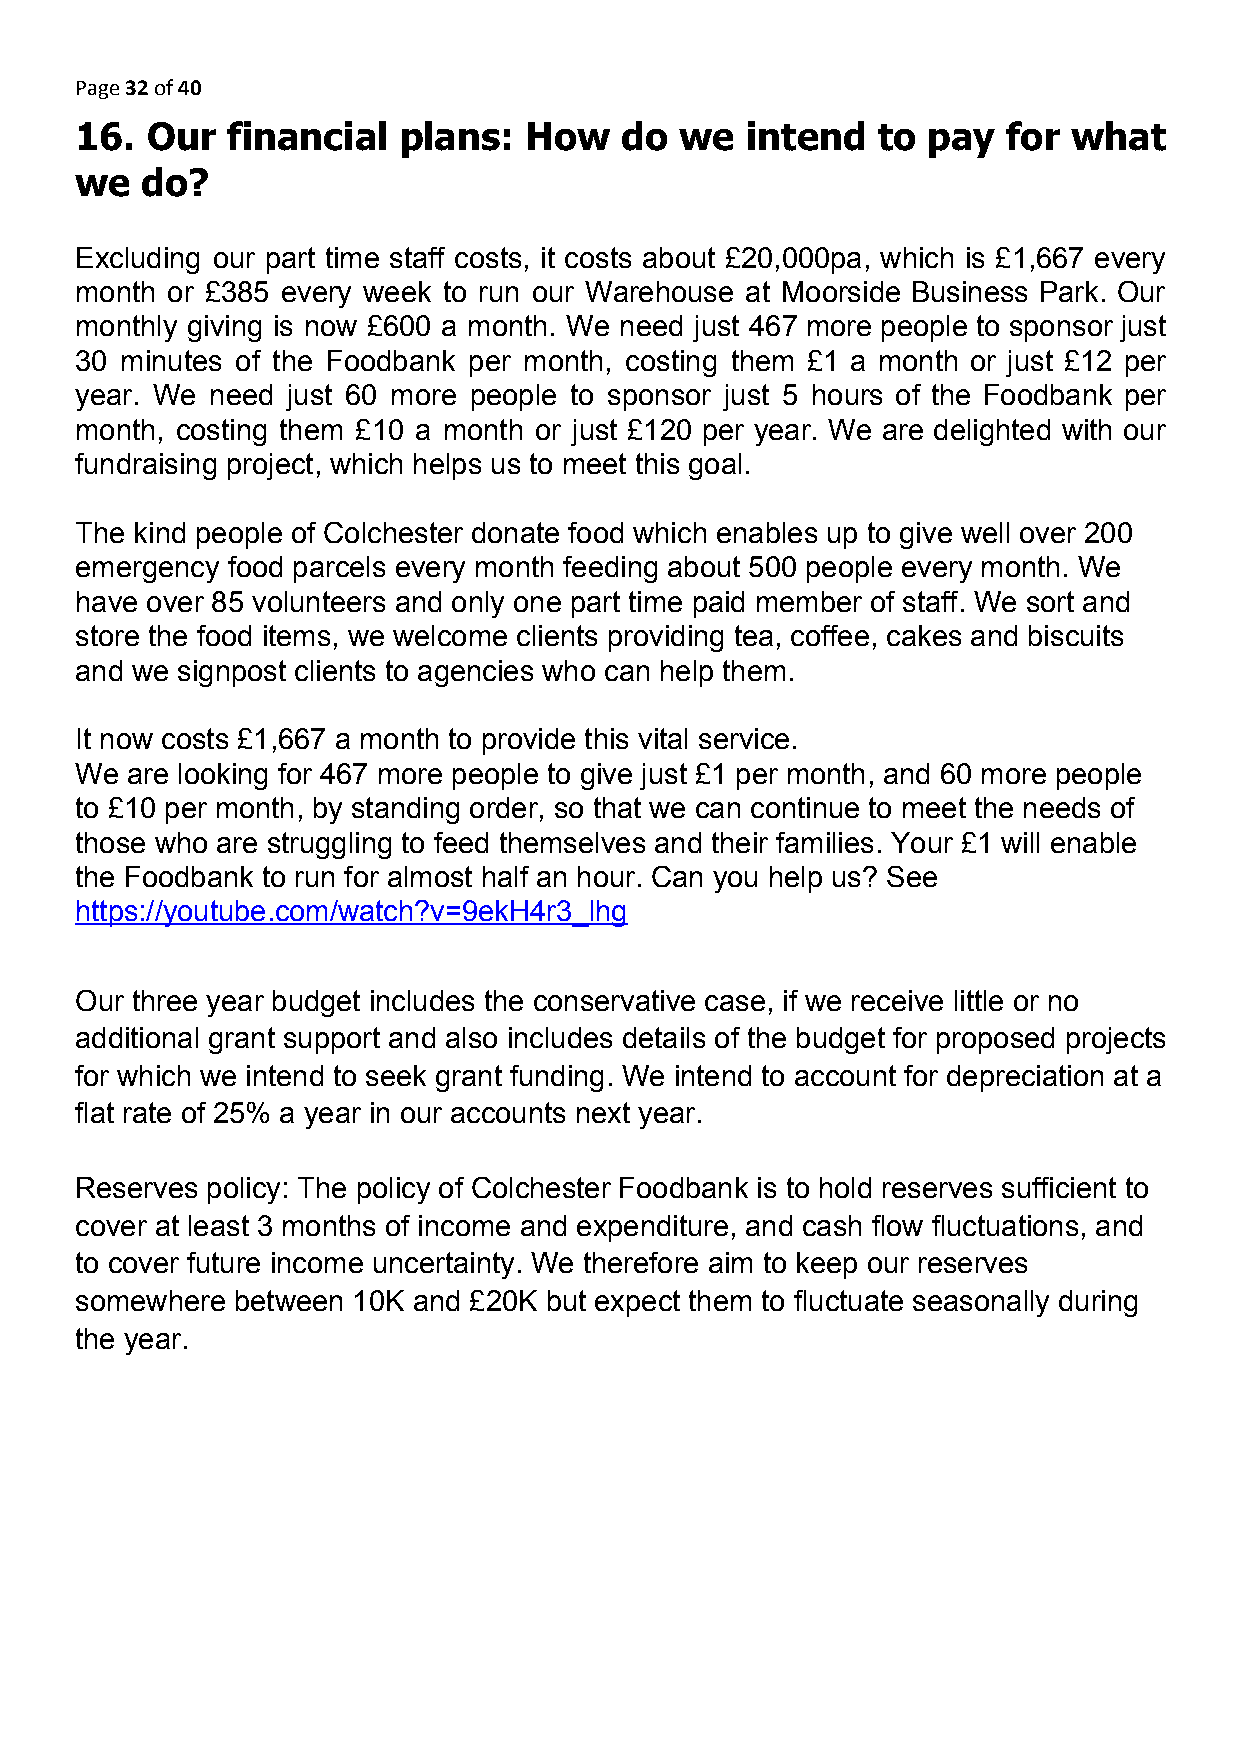
Page 32 of 40
 ​​
 16.  Our  financial  plans:   How   do  we  intend   to pay   for what
 we  do?
 Excluding our part time staff costs, it costs about £20,000pa, which is £1,667 every
 month or £385 every week to run our Warehouse at Moorside Business Park. Our
 monthly giving is now £600 a month. We need just 467 more people to sponsor just
 30 minutes of the Foodbank per month, costing them £1 a month or just £12 per
 year. We need just 60 more people to sponsor just 5 hours of the Foodbank per
 month, costing them £10 a month or just £120 per year. We are delighted with our
 fundraising project, which helps us to meet this goal.
 The kind people of Colchester donate food which enables up to give well over 200
 emergency food parcels every month feeding about 500 people every month. We
 have over 85 volunteers and only one part time paid member of staff. We sort and
 store the food items, we welcome clients providing tea, coffee, cakes and biscuits
 and we signpost clients to agencies who can help them.
 It now costs £1,667 a month to provide this vital service.
 We are looking for 467 more people to give just £1 per month, and 60 more people
 to £10 per month, by standing order, so that we can continue to meet the needs of
 those who are struggling to feed themselves and their families. Your £1 will enable
 the Foodbank to run for almost half an hour. Can you help us? See
 https://youtube.com/watch?v=9ekH4r3_lhg
 Our three year budget includes the conservative case, if we receive little or no
 additional grant support and also includes details of the budget for proposed projects
 for which we intend to seek grant funding. We intend to account for depreciation at a
 flat rate of 25% a year in our accounts next year.
 Reserves policy: The policy of Colchester Foodbank is to hold reserves sufficient to
 cover at least 3 months of income and expenditure, and cash flow fluctuations, and
 to cover future income uncertainty. We therefore aim to keep our reserves
 somewhere between 10K and £20K but expect them to fluctuate seasonally during
 the year.